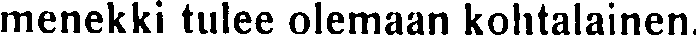
menekki tulee olemaan kohtalainen.